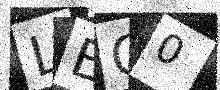
Text: LEO0